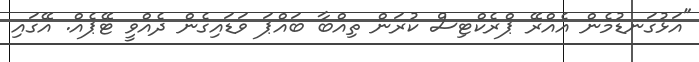
"އަޅުގަނޑުމެން އެއްރޭ ޕްރެކްޓިސް ކުރަން ތިއްބާ ބައްޕަ ވަޑައިގެން ދެއްވީ ޓޭޕެއް. އޭގައި